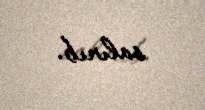
salınıb.